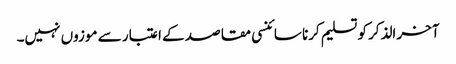
آخر الذکر کو تسلیم کرنا سائنسی مقاصد کے اعتبار سے موزوں نہیں۔